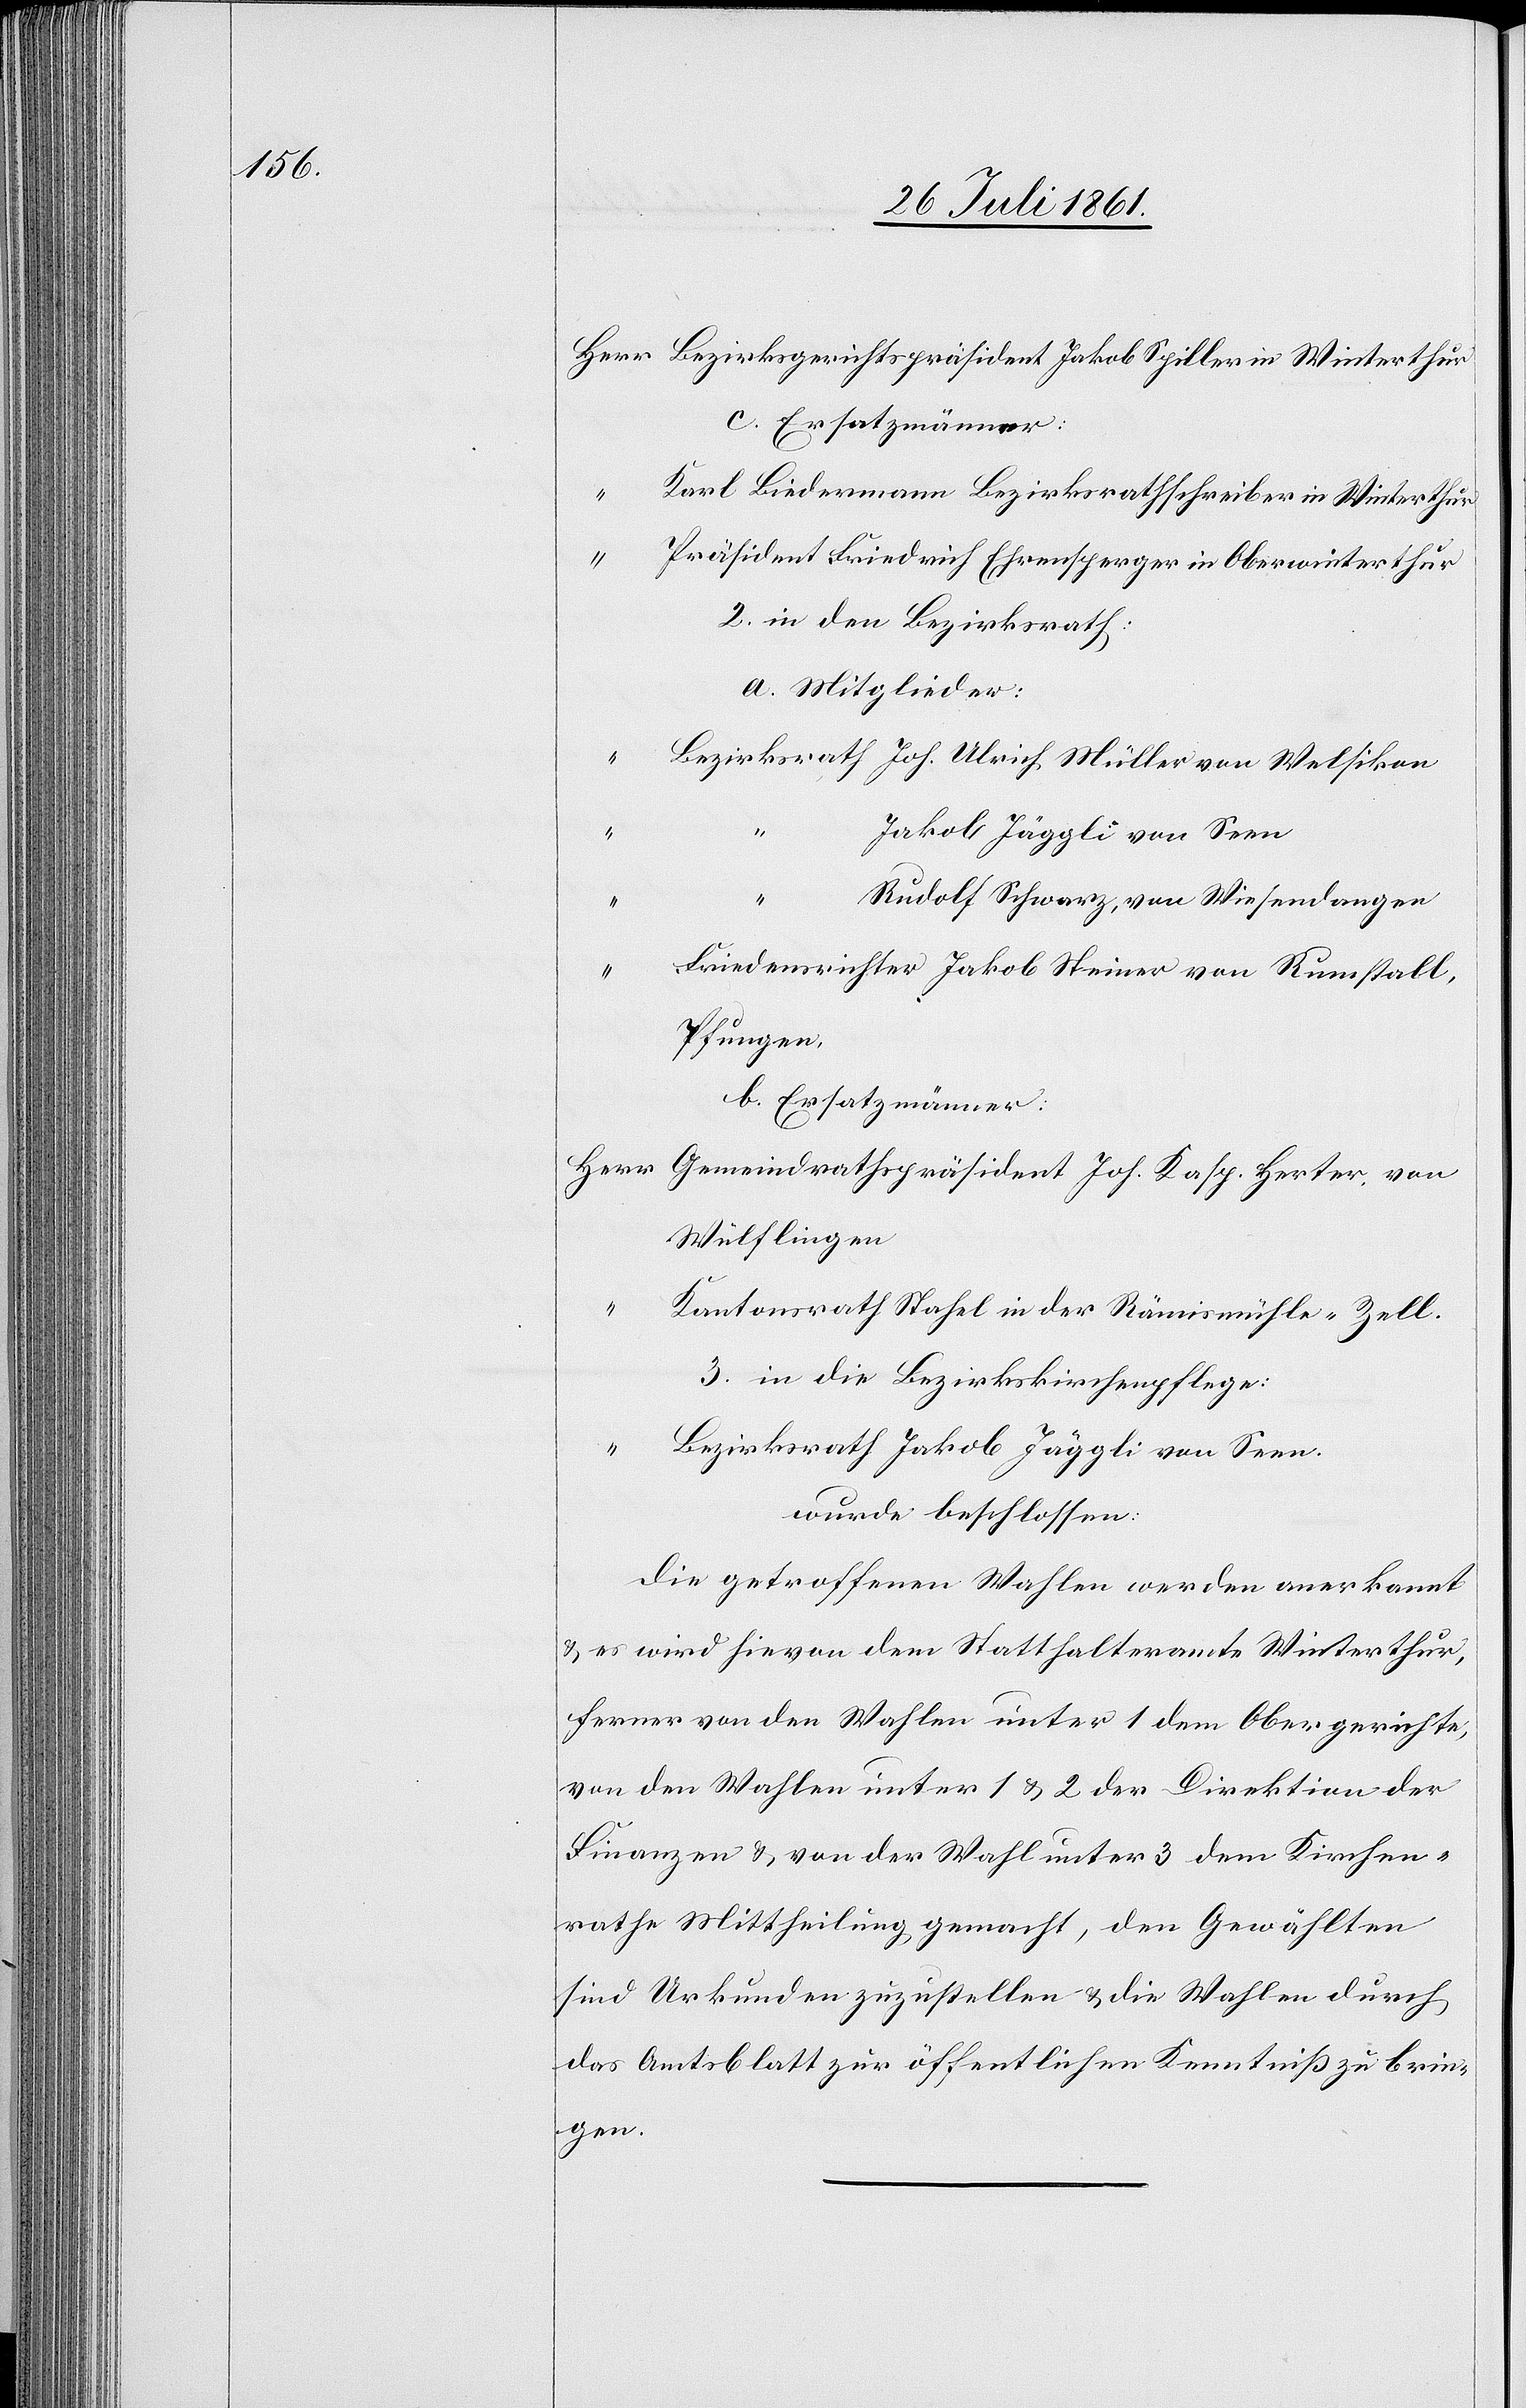
Herr Bezirksgerichtspräsident Jakob Spiller in Winterthur
c. Ersatzmänner:
Karl Biedermann Bezirksrathsschreiber in Winterthur
Präsident Friedrich Ehrensperger in Oberwinterthur
2. in den Bezirksrath:
a. Mitglieder:
“	Bezirksrath Joh. Ulrich Müller von Welsikon
“	Jakob Jäggli von Seen
“	F¬
“	Rudolf Schwarz, von Wiesendangen
riedensrichter Jakob Steiner von Rumstall,
Pfungen,
b. Ersatzmänner:
Herr Gemeindrathspräsident Joh. Kasp. Herter von
Wülflingen
Kantonsrath Stahel in der Rämismühle-Zell.
3. In die Bezirkskirchenpflege:
“	Bezirksrath Jakob Jäggli von Seen.
wurde beschlossen.
Die getroffenen Wahlen werden anerkannt
u. es wird hievon dem Statthalteramte Winterthur,
ferner von Wahlen unter 1 dem Obergerichte,
von den Wahlen unter 1 u. 2 der Direktion der
Finanzen u. von der Wahl unter 3 dem Kirchen¬
rathe Mittheilung gemacht, den Gewählten
sind Urkunden zuzustellen u. die Wahlen durch
das Amtsblatt zur öffentlichen Kenntniß zu brin¬
gen.